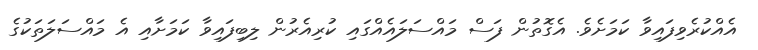
އެއްކުރެވިފައިވާ ކަަމަށެވެ. އެގޮތުން ފަސް މައްސަލައެއްގައި ކުރިއެރުން ލިބިފައިވާ ކަމަށާއި އެ މައްސަލަތަކުގެ